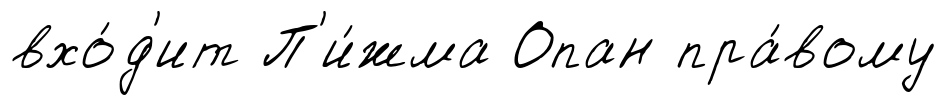
вхо́д'ит П'и́жма Опан пра́вому